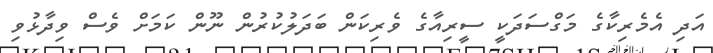
އަދި އެމެރިކާގެ މަގްސަދަކީ ސީރިއާގެ ވެރިކަން ބަދަލުކުރުން ނޫން ކަމަށް ވެސް ވިދާޅުވި